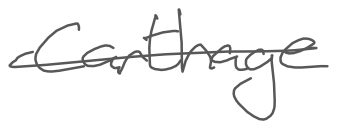
Text: Carthage
Cross-out: single-line
Writing tool: digital_gray